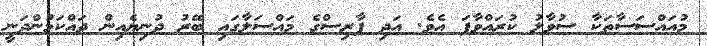
މުއައްސަސާތަކާ ސުވާލު ކުރައްވާފަ އެވެ. އަދި ފާރިސްގެ މައްސަލާގައި ބޭރު ދުނިޔެއިން ދައްކަމުންދަނީ